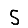
Digit: 5